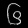
Digit: ၆